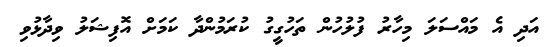
އަދި އެ މައްސަލަ މިހާރު ފުލުހުން ތަހުގީގު ކުރަމުންދާ ކަމަށް އޮފިޝަލު ވިދާޅުވި